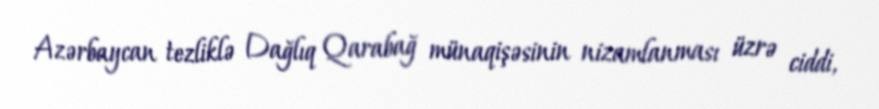
Azərbaycan tezliklə Dağlıq Qarabağ münaqişəsinin nizamlanması üzrə ciddi,